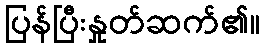
ပြန်ပြီးနှုတ်ဆက်၏။